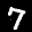
Label: 7